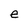
Character: e